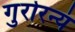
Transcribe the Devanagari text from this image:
गुरोरन्यं